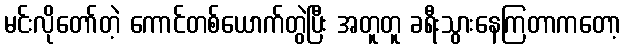
မင်းလိုတော်တဲ့ ကောင်တစ်ယောက်တွဲပြီး အတူတူ ခရီးသွားနေကြတာကတော့